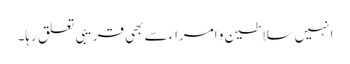
انہیں سلاطین و امراء سے بھی قریبی تعلق رہا۔